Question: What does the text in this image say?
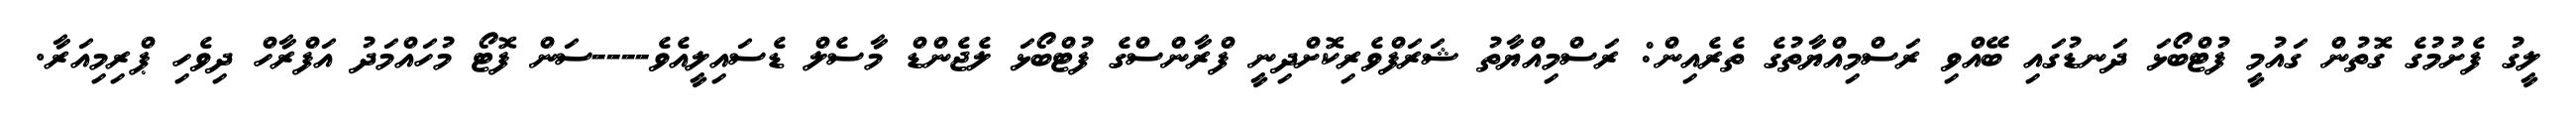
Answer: ލީގު ފެށުމުގެ ގޮތުން ގައުމީ ފުޓްބޯޅަ ދަނޑުގައި ބޭއްވި ރަސްމިއްޔާތުގެ ތެރެއިން: ރަސްމިއްޔާތު ޝަރަފްވެރިކޮށްދިނީ ފްރާންސްގެ ފުޓްބޯޅަ ލެޖެންޑް މާސެލް ޑެސައިލީއެވެ----ސަން ފޮޓޯ މުހައްމަދު އަފްރާހް ދިވެހި ޕްރިމިއަރާ.